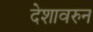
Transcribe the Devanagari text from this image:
देशावरुन